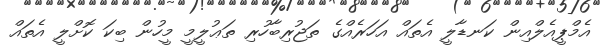
އެމްޕީއެލްއިން ކަނޑާލީ އެތައް އަހަރެއްގެ ތަޖުރިބާހުރި ތަޢުލީމީ މީހުން ބިކަ ކޮށްލީ އެތައް